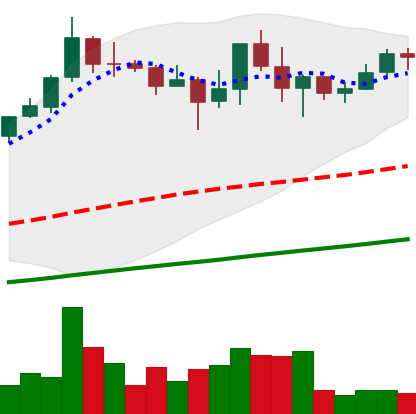
Ticker: BNB-USD
Chart end date: 2021-04-28
Forward return: 20.093%
Label: up_7plus